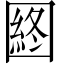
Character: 𡈡